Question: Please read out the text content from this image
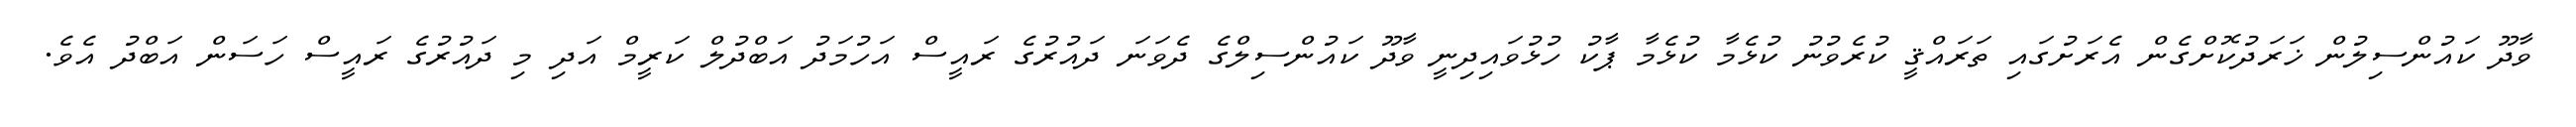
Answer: ވާދޫ ކައުންސިލުން ޚަރަދުކޮށްގެން އެރަށުގައި ތަރައްޤީ ކުރެވުނު ކުޅެމާ ކުޅެމާ ޕާކު ހުޅުވައިދިނީ ވާދޫ ކައުންސިލްގެ ދެވަނަ ދައުރުގެ ރައީސް އަހުމަދު އަބްދުލް ކަރީމް އަދި މި ދައުރުގެ ރައީސް ހަސަން އަބްދު އެވެ.